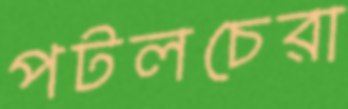
পটলচেরা